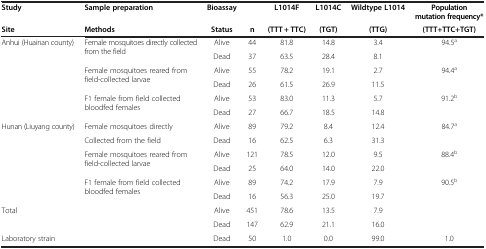
<table><thead><tr><td><b>Study</b></td><td><b>Sample preparation</b></td><td><b>Bioassay</b></td><td><b> </b></td><td><b>L1014F</b></td><td><b>L1014C</b></td><td><b>Wildtype L1014</b></td><td><b>Population mutation frequency*</b></td></tr><tr><td><b>Site</b></td><td><b>Methods</b></td><td><b>Status</b></td><td><b>n</b></td><td><b>(TTT + TTC)</b></td><td><b>(TGT)</b></td><td><b>(TTG)</b></td><td><b>(TTT+TTC+TGT)</b></td></tr></thead><tbody><tr><td rowspan="2">Anhui (Huainan county)</td><td rowspan="2">Female mosquitoes directly collected from the field</td><td>Alive</td><td>44</td><td>81.8</td><td>14.8</td><td>3.4</td><td rowspan="2">94.5<sup>a</sup></td></tr><tr><td>Dead</td><td>37</td><td>63.5</td><td>28.4</td><td>8.1</td></tr><tr><td rowspan="2"> </td><td rowspan="2">Female mosquitoes reared from field-collected larvae</td><td>Alive</td><td>55</td><td>78.2</td><td>19.1</td><td>2.7</td><td rowspan="2">94.4<sup>a</sup></td></tr><tr><td>Dead</td><td>26</td><td>61.5</td><td>26.9</td><td>11.5</td></tr><tr><td rowspan="2"> </td><td rowspan="2">F1 female from field collected bloodfed females</td><td>Alive</td><td>53</td><td>83.0</td><td>11.3</td><td>5.7</td><td rowspan="2">91.2<sup>b</sup></td></tr><tr><td>Dead</td><td>27</td><td>66.7</td><td>18.5</td><td>14.8</td></tr><tr><td rowspan="2">Hunan (Liuyang county)</td><td>Female mosquitoes directly</td><td>Alive</td><td>89</td><td>79.2</td><td>8.4</td><td>12.4</td><td rowspan="2">84.7<sup>a</sup></td></tr><tr><td>Collected from the field</td><td>Dead</td><td>16</td><td>62.5</td><td>6.3</td><td>31.3</td></tr><tr><td rowspan="2"> </td><td rowspan="2">Female mosquitoes reared from field-collected larvae</td><td>Alive</td><td>121</td><td>78.5</td><td>12.0</td><td>9.5</td><td rowspan="2">88.4<sup>b</sup></td></tr><tr><td>Dead</td><td>25</td><td>64.0</td><td>14.0</td><td>22.0</td></tr><tr><td rowspan="2"> </td><td rowspan="2">F1 female from field collected bloodfed females</td><td>Alive</td><td>89</td><td>74.2</td><td>17.9</td><td>7.9</td><td rowspan="2">90.5<sup>b</sup></td></tr><tr><td>Dead</td><td>16</td><td>56.3</td><td>25.0</td><td>19.7</td></tr><tr><td>Total</td><td> </td><td>Alive</td><td>451</td><td>78.6</td><td>13.5</td><td>7.9</td><td rowspan="2"> </td></tr><tr><td> </td><td> </td><td>Dead</td><td>147</td><td>62.9</td><td>21.1</td><td>16.0</td></tr><tr><td>Laboratory strain</td><td> </td><td>Dead</td><td>50</td><td>1.0</td><td>0.0</td><td>99.0</td><td>1.0</td></tr></tbody></table>